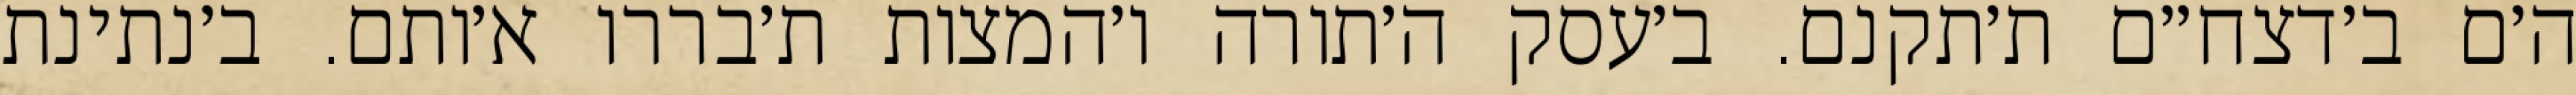
ה׳ם ב׳דצח״ם ת׳תקנם. ב׳עסק ה׳תורה ו׳המצות ת׳בררו א׳ותם. ב׳נתינת